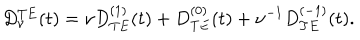
LaTeX: \begin{array} { c } { { \displaystyle { D _ { \nu } ^ { T E } ( t ) = \nu D _ { T E } ^ { ( 1 ) } ( t ) + D _ { T E } ^ { ( 0 ) } ( t ) + \nu ^ { - 1 } D _ { T E } ^ { ( - 1 ) } ( t ) . } } } \\ \end{array}